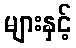
များနှင့်